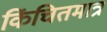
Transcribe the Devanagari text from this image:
किंचितमात्र